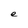
Character: e